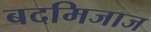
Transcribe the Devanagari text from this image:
बदमिजाज